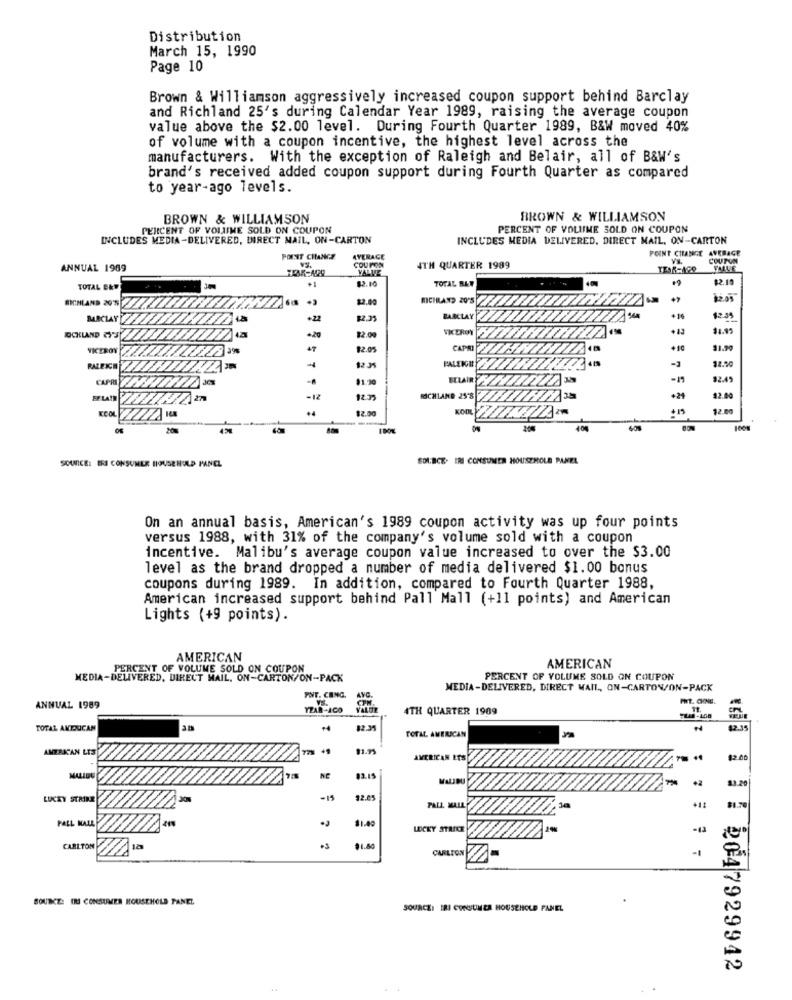
Distribution
March 15, 1990
Page 10
Brown & Williamson aggressively increased coupon support behind Barclay
and Richland 25's during Calendar Year 1989, raising the average coupon
value above the $2.00 level. During Fourth Quarter 1989, B&W moved 40%
of volume with a coupon incentive, the highest level across the
manufacturers. With the exception of Raleigh and Belair, all of B&W's
brand's received added coupon support during Fourth Quarter as compared
to year-ago levels.
BROWN & WILLIAMSON
BROWN & WILLIAMSON
PERCENT OF VOLIME SOLD ON COUPON
PERCENT OF VOLIIME SOLD ON COUPON
INCLUDES MEDIA-DELIVERED, DIRECT MAIL, ON-CARTON
INCLUDES MEDIA DELIVERED, DIRECT MAIL, ON-CARTON
POINT CHANGE AVERAGE
POINT CHANGE
AVERAGE
COUPON
VI
COUPUN
ANNUAL 1989
VALUE
4TH QUARTER 1989
FALE
+1
$2.15
TOTAL BRY
TOTAL BAT
$2.00
RICHLAND 20'S
RICHLAND 20'S
BARCLAY
$2,35
BARCLAY
$2.39
VKDROY
+13
11.11
OCKLAND GYS
+20
VICEROY
47
12.05
CAPRI
+10
11.90
-4
PALEIGH
-3
32.20
82.35
$1.20
ECLAIR
-1
12.45
TA
-12
RICHLAND 25'8
+24
$2.00
+4
12.00
KOOL
+15
12.00
---
SOIRCE. ERI CONSUMER HOUSEHOLD PANEL
SOURCE: ERJ CONSUMER HOUSEHOLD PANEL
On an annual basis, American's 1989 coupon activity was up four points
versus 1988, with 31% of the company's volume sold with a coupon
incentive. Malibu's average coupon value increased to over the $3.00
level as the brand dropped a number of media delivered $1.00 bonus
coupons during 1989. In addition, compared to Fourth Quarter 1988,
American increased support behind Pall Mall (+11 points) and American
Lights (+9 points).
AMERICAN
PERCENT OF VOLUME SOLD ON COUPON
AMERICAN
MEDIA-DELIVERED, DIRECT MAIL, ON-CARTON/ON-PACK
PERCENT OF VOLUME SOLD ON COUPON
MEDIA-DELIVERED, DIRECT MAIL, ON-CARTON/ON-PACK
PUT. CENG.
FREE. CHNE.
ANNUAL 1989
YEAR-ACO
4TH QUARTER 1909
VELE
TOTAL AMTOUICAN
82.35
TOTAL AMERICAN
12.35
AMERICAN LIS
AMERICAN LES
12.00
NC
83.15
MALIBU
LUCKY STRIKE
-19
PALL MALL
PALL MALL
$1.49
LUCKY STRIKE
-13
CARLTON
$1.80
CARLTON
SOURCE: IRI CONSUMER HOUSEHOLD PANEL
SOURCE: IRI CONSUMER HOUSEHOLD PANEL
2047929942